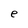
Character: e